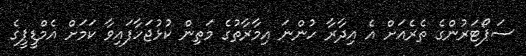
ސަޕޯޓަރުންގެ ތެރެއަށް އެ އިދާރާ ހުންނަ އިމާރާތުގެ މަތިން ކުޅުޖަހާފައިވާ ކަމަށް އެމްޑީޕީގެ